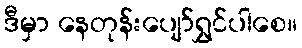
ဒီမှာ နေတုန်းပျော်ရွှင်ပါစေ။